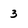
Character: 3